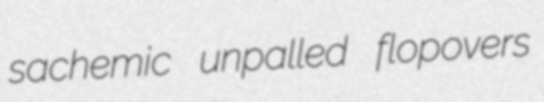
sachemic unpalled flopovers